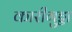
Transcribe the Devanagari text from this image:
कारीगुड्डा